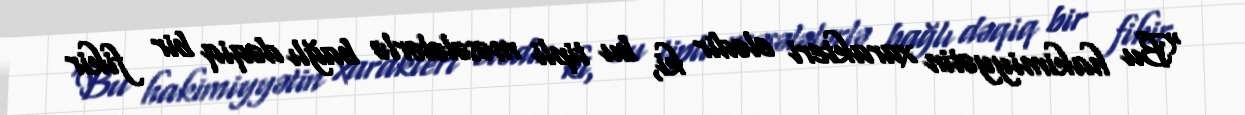
“Bu hakimiyyətin xarakteri elədir ki, bu tipli məsələlərlə bağlı dəqiq bir fikir